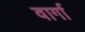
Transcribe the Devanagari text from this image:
वार्गा